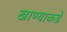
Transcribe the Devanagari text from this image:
खाण्याकडे